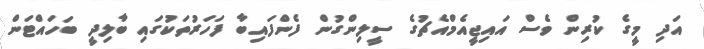
އަދި މީގެ ކުރިން ވެސް އައިޖީއެމްއެޗުގެ ސީލިންގުން ފެންފައިބާ ފަހަރުތަކުގައި ބާލިދީ ބަހައްޓަން